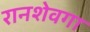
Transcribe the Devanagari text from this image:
रानशेवगा